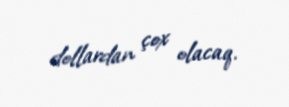
dollardan çox olacaq.